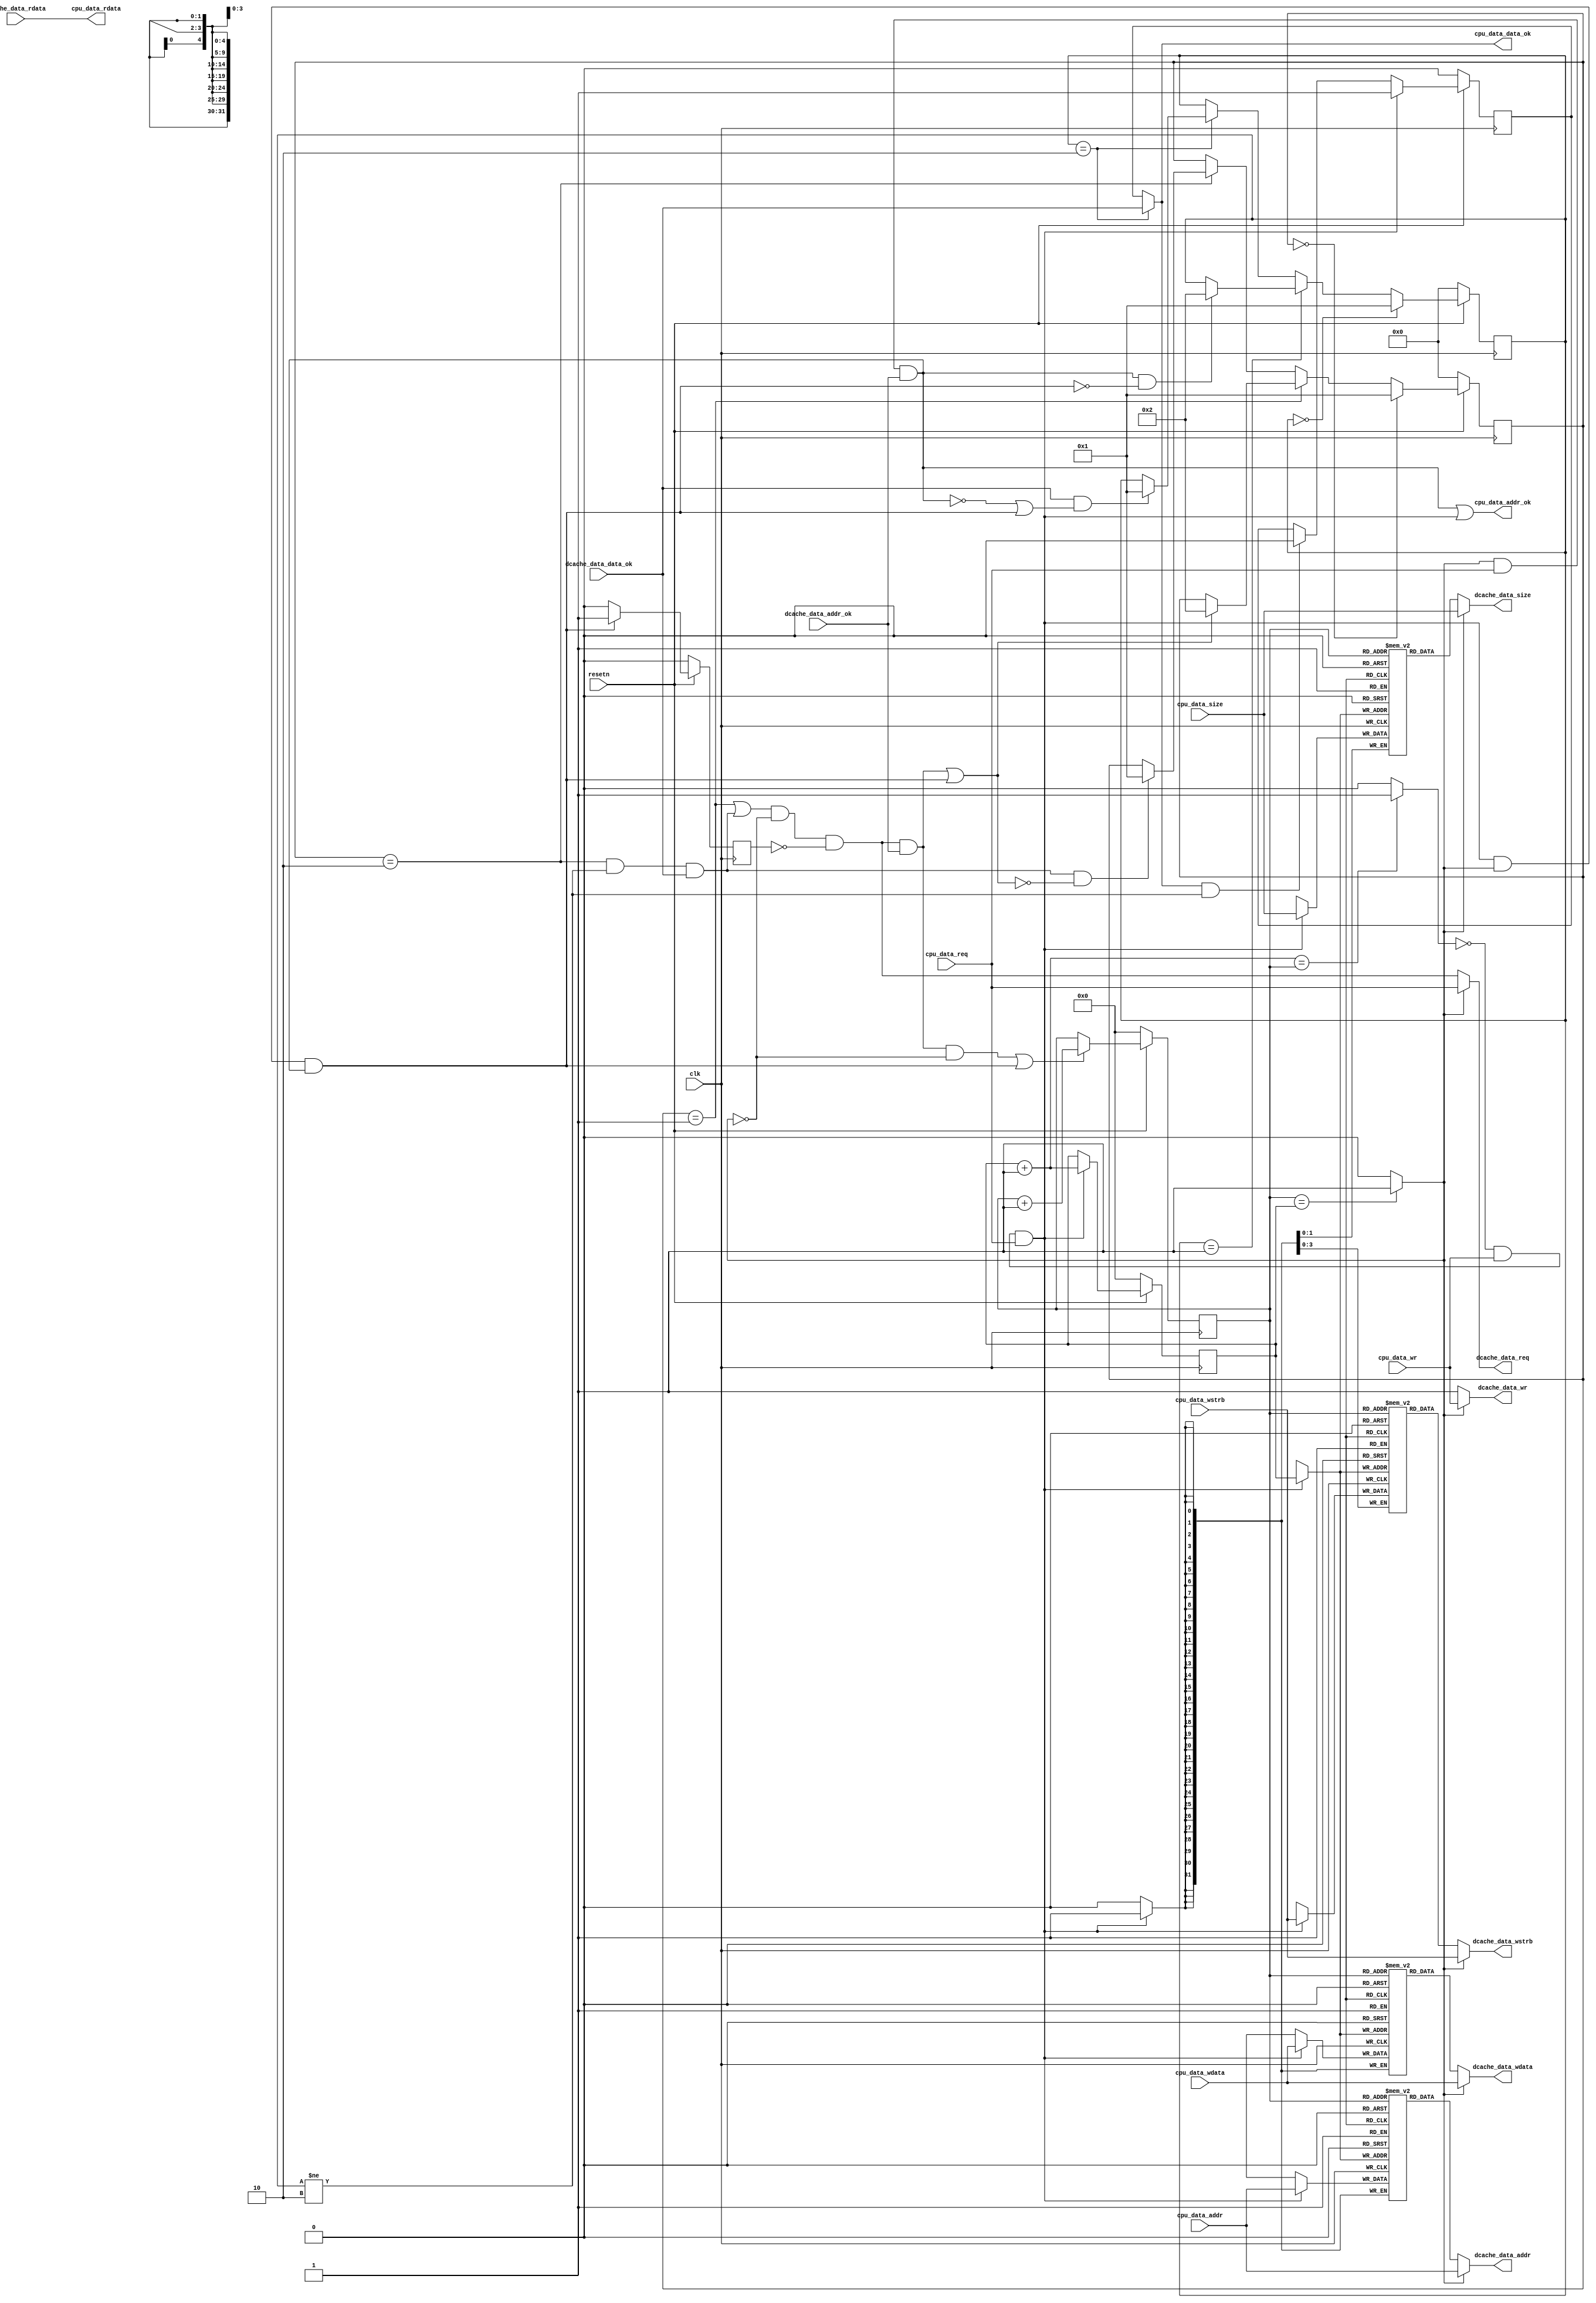
module store_buffer
(
    input          clk,
    input          resetn,

    input          cpu_data_req    ,
    input          cpu_data_wr     ,
    input   [1 :0] cpu_data_size   ,
    input   [31:0] cpu_data_addr   ,
    input   [31:0] cpu_data_wdata  ,
	input   [3 :0] cpu_data_wstrb  ,
    output  [31:0] cpu_data_rdata  ,
    output         cpu_data_addr_ok,
    output         cpu_data_data_ok,

    output          dcache_data_req    ,
    output          dcache_data_wr     ,
    output   [1 :0] dcache_data_size   ,
    output   [31:0] dcache_data_addr   ,
    output   [31:0] dcache_data_wdata  ,
	output   [3 :0] dcache_data_wstrb  ,
    input    [31:0] dcache_data_rdata  ,
    input           dcache_data_addr_ok,
    input           dcache_data_data_ok
);

wire rst;
assign rst=!resetn; 

reg [4:0]   s_index   [0:31];
reg [31:0]  s_addr    [0:31];
reg [31:0]  s_data    [0:31];
reg [3:0]   s_wstrb   [0:31];
reg [1:0]   s_size   [0:31];

reg [4:0]   A;
reg [4:0]   B;

wire [4:0] symbol_A;
wire [4:0] symbol_B;
assign symbol_A = A + 5'd1;
assign symbol_B = B + 5'd1;

wire full;
wire empty;
assign full     = (symbol_B == A) ? 1'b1 : 1'b0;
assign empty    = (A == B) ? 1'b1 : 1'b0;

//schedulor
reg cpu_data_req_history;

always @(posedge clk)
	begin
		if(rst)
		begin
			cpu_data_req_history <= 1'b0;
		end
        else if(cpu_data_addr_ok)
        begin
            cpu_data_req_history <= cpu_data_req;
        end
        else if(cpu_data_data_ok)
        begin
            cpu_data_req_history <= 1'b0;
        end
	end

//workstate

wire        buffer_data_ok_r;
wire        buffer_addr_ok_r;
wire [31:0] buffer_addr_r;
wire [31:0] buffer_rdata_r;
wire [31:0] buffer_wdata_r;
wire [3:0]  buffer_wstrb_r;
wire        buffer_req_r;
wire        buffer_wr_r;

wire        buffer_data_ok_l;
wire        buffer_addr_ok_l;
wire [31:0] buffer_addr_l;
wire [31:0] buffer_rdata_l;
wire [31:0] buffer_wdata_l;
wire [3:0]  buffer_wstrb_l;
wire        buffer_req_l;
wire        buffer_wr_l;


reg [3:0] buffer_workstate;
reg [3:0] axi_workstate;
always @(posedge clk)
	begin
		if(rst)
		begin
			buffer_workstate <= 4'd0;        
		end
        else if(buffer_workstate == 4'd0)
        begin
            buffer_workstate <= 4'd1;
        end
        else if(buffer_workstate == 4'd1)
        begin
            if(buffer_addr_ok_r || catch)
            begin
                buffer_workstate <= 4'd2;
            end
        end
        else if(buffer_workstate == 4'd2)
        begin
            if(buffer_data_ok_r && !(buffer_addr_ok_r || catch))
            begin
                buffer_workstate <= 4'd1;
            end
        end
    end

wire        axi_data_ok;
wire        axi_addr_ok;
wire [31:0] axi_addr;
wire [31:0] axi_rdata;
wire [31:0] axi_wdata;
wire [3:0]  axi_wstrb;
wire [1:0]  axi_size;
wire        axi_req;
wire        axi_wr;

always @(posedge clk)
	begin
		if(rst)
		begin
			axi_workstate <= 4'd0;        
		end
        else if(axi_workstate == 4'd0)
        begin
            axi_workstate <= 4'd1;
        end
        else if(axi_workstate == 4'd1)
        begin
            if(axi_addr_ok && !catch)
            begin
                axi_workstate <= 4'd2;
            end
        end
        else if(axi_workstate == 4'd2)
        begin
            if(axi_data_ok && (!axi_addr_ok || catch))
            begin
                axi_workstate <= 4'd1;
            end
        end
    end

wire        buffer_push;
assign      buffer_push = !full && cpu_data_wr && cpu_data_req;

reg buffer_data_ok_out;
always @(posedge clk)
	begin
		if(rst)
		begin
			buffer_data_ok_out <= 1'b0;
		end
        else if(buffer_push)
        begin
            buffer_data_ok_out <= 1'b1;
        end
        else if(cpu_data_data_ok && (axi_workstate != 4'd2))
        begin
            buffer_data_ok_out <= 1'b0;
        end
	end

assign buffer_addr_ok_l = buffer_push;
assign buffer_data_ok_l = buffer_data_ok_out;

assign buffer_addr_r    = s_addr[A];
assign buffer_wr_r      = 1'b1;
assign buffer_req_r     = ((buffer_workstate == 4'd1) || buffer_data_ok_r) && !empty && !catch_reg;
assign buffer_wstrb_r   = s_wstrb[A];
assign buffer_wdata_r   = s_data[A];
wire [1:0] buffer_size_r = s_size[A];
assign buffer_addr_ok_r = buffer_req_r && dcache_data_addr_ok; 
assign buffer_data_ok_r = (buffer_workstate == 4'd2) && (axi_workstate != 4'd2) && dcache_data_data_ok;

reg catch_reg;
wire catch;
assign catch = buffer_push && empty && axi_addr_ok;
always @(posedge clk)
	begin
		if(rst)
		begin
			catch_reg <= 1'b0;
		end
        else if(catch)
        begin
            catch_reg <= 1'b1;
        end
        else
        begin
            catch_reg <= 1'b0;
        end
	end


wire axi_work;
assign axi_work     = empty;
assign axi_data_ok  = dcache_data_data_ok;   ////////////to simplify
assign axi_addr_ok  = axi_work && axi_req && dcache_data_addr_ok;
assign axi_addr     = cpu_data_addr;
assign axi_rdata    = dcache_data_rdata;
assign axi_wdata    = cpu_data_wdata;
assign axi_wstrb    = cpu_data_wstrb;
assign axi_req      = cpu_data_req;
assign axi_size     = cpu_data_size;
assign axi_wr       = cpu_data_wr;

assign dcache_data_req      = (axi_work) ? axi_req          : buffer_req_r;
assign dcache_data_wr       = (axi_work) ? axi_wr           : buffer_wr_r;
assign dcache_data_size     = (axi_work) ? axi_size         : buffer_size_r;
assign dcache_data_addr     = (axi_work) ? axi_addr         : buffer_addr_r;
assign dcache_data_wdata    = (axi_work) ? axi_wdata        : buffer_wdata_r;
assign dcache_data_wstrb    = (axi_work) ? cpu_data_wstrb   : buffer_wstrb_r;

assign cpu_data_rdata       = axi_rdata;
assign cpu_data_addr_ok     = axi_addr_ok || buffer_addr_ok_l;
assign cpu_data_data_ok     = ((axi_workstate == 4'd2)) ? axi_data_ok : buffer_data_ok_l;

always @(posedge clk)
	begin
		if(rst)
		begin
			s_index[0] <= 5'd0;
            s_index[1] <= 5'd1;
            s_index[2] <= 5'd2;
            s_index[3] <= 5'd3;
            s_index[4] <= 5'd4;
            s_index[5] <= 5'd5; 
            s_index[6] <= 5'd6;
            s_index[7] <= 5'd7;
            s_index[8] <= 5'd8;
            s_index[9] <= 5'd9;
            s_index[10] <= 5'd10;
            s_index[11] <= 5'd11;
            s_index[12] <= 5'd12;
            s_index[13] <= 5'd13; 
            s_index[14] <= 5'd14;
            s_index[15] <= 5'd15;
            s_index[16] <= 5'd16;
            s_index[17] <= 5'd17;
            s_index[18] <= 5'd18;
            s_index[19] <= 5'd19;
            s_index[20] <= 5'd20;
            s_index[21] <= 5'd21; 
            s_index[22] <= 5'd22;
            s_index[23] <= 5'd23;
            s_index[24] <= 5'd24;
            s_index[25] <= 5'd25;
            s_index[26] <= 5'd26;
            s_index[27] <= 5'd27;
            s_index[28] <= 5'd28;
            s_index[29] <= 5'd29; 
            s_index[30] <= 5'd30;
            s_index[31] <= 5'd31;
		end
	end

always @(posedge clk)
	begin
		if(rst)
		begin
			A <= 5'd0;
		end
        else if(/*(buffer_workstate == 4'd2) &&*/ (buffer_addr_ok_r && !empty) || catch)
        begin
            A <= A + 5'd1;
        end
	end

always @(posedge clk)
	begin
		if(rst)
		begin
			B <= 5'd0;
		end
        else if(buffer_push)
        begin
            B <= B + 5'd1;
        end
	end

always @(posedge clk)
	begin
        if(buffer_push)
        begin
            s_addr[B] <= cpu_data_addr;
        end
	end

always @(posedge clk)
	begin
        if(buffer_push)
        begin
            s_wstrb[B] <= cpu_data_wstrb;
        end
	end

always @(posedge clk)
	begin
        if(buffer_push)
        begin
            s_data[B] <= cpu_data_wdata;
        end
	end
	
always @(posedge clk)
	begin
        if(buffer_push)
        begin
            s_size[B] <= cpu_data_size;
        end
	end

reg push_history;
always @(posedge clk)
	begin
        if(rst)
        begin
            push_history <= 1'b0;
        end
        else if(buffer_push)
        begin
            push_history <= 1'b1;
        end
        else
        begin
            push_history <= 1'b0;
        end
	end

reg [31:0] counter_full;
always @(posedge clk)
	begin
        if(rst)
        begin
            counter_full <= 32'b0;
        end
        else if(push_history && full)
        begin
            counter_full <= counter_full + 32'd1;
        end
	end

endmodule